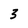
Character: 3